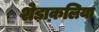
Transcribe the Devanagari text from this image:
शेड़ाकलिया